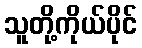
သူတို့ကိုယ်ပိုင်